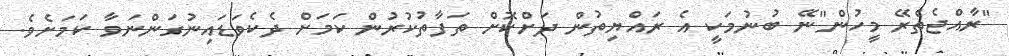
"ރާއްޖެތެރޭ މީހުން"ނޭ ބުނުމަކީ އެ ރައްޔިތުން ދަށްކޮށް ތަފާތުކުރުން ކަމަށް ދެކެވަޑައިނުގަންނަވާ ކަމަށެވެ.